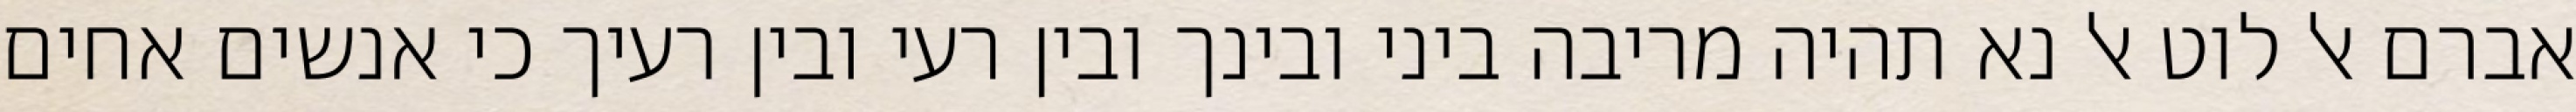
אברם אל לוט אל נא תהיה מריבה ביני ובינך ובין רעי ובין רעיך כי אנשים אחים